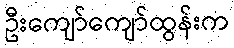
ဦးကျော်ကျော်ထွန်းက